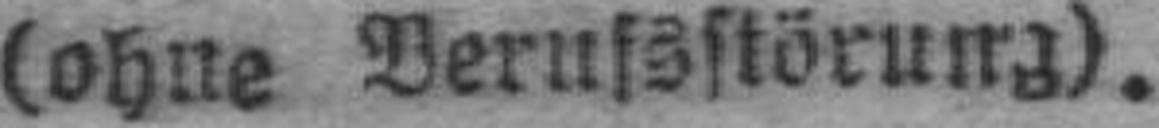
(ohne Berufsstörung).